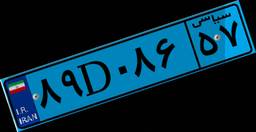
۷۰D۱۲۶۲۳